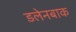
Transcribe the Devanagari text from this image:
डलेनबाक